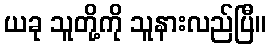
ယခု သူတို့ကို သူနားလည်ပြီ။